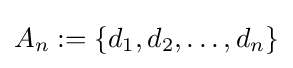
A_{n}:=\{d_{1},d_{2},\dots ,d_{n}\}